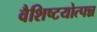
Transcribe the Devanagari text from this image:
वैशिष्टयोत्पन्न